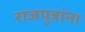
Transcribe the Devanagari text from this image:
राजपुत्रांना